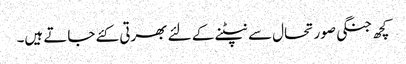
کچھ جنگی صورتحال سے نپٹنے کے لئے بھرتی کئے جاتے ہیں۔